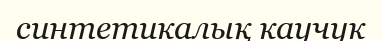
синтетикалық каучук